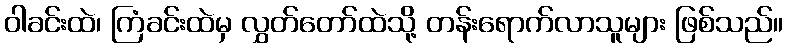
ဝါခင်းထဲ၊ ကြံခင်းထဲမှ လွှတ်တော်ထဲသို့ တန်းရောက်လာသူများ ဖြစ်သည်။